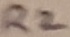
Text: R2